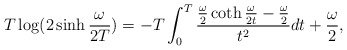
\begin{align*}T\log(2\sinh{\omega\over 2T})=-T\int_0^T {{\omega\over2}\coth{\omega\over 2t}-{\omega\over 2}\over t^2} dt+{\omega\over2} ,\end{align*}